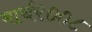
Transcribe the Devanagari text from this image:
मार्च२००८